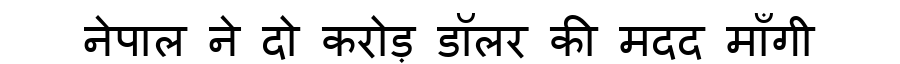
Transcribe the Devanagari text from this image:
नेपाल ने दो करोड़ डॉलर की मदद माँगी